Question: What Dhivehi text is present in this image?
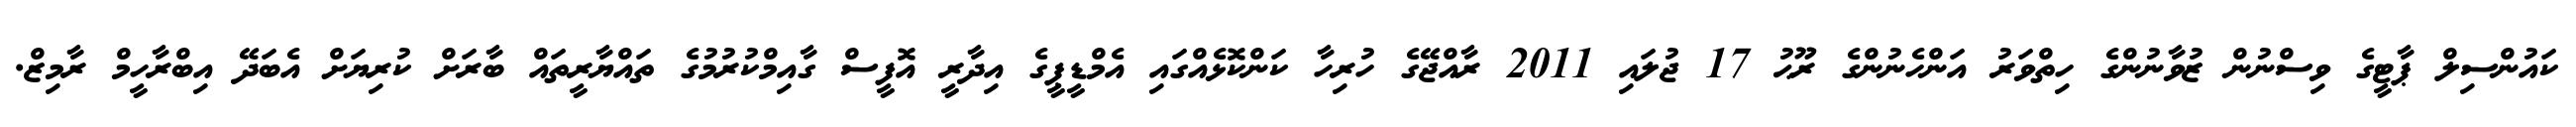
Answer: ކައުންސިލް ޕާޓީގެ ވިސްނުން ޒުވާނުންގެ ހިތްވަރު އަންހެނުންގެ ރޫޙު 17 ޖުލައި 2011 ރާއްޖޭގެ ހުރިހާ ކަންކޮޅެއްގައި އެމްޑީޕީގެ އިދާރީ އޮފީސް ގާއިމްކުރުމުގެ ތައްޔާރީތައް ބާރަށް ކުރިޔަށް އެބަދޭ އިބްރާހީމް ރާމިޒް.